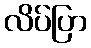
လိပ်ပြာ